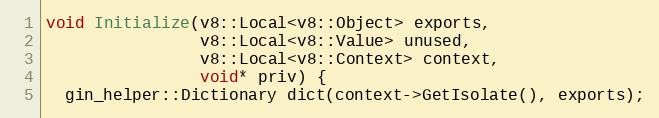
Language: C++
void Initialize(v8::Local<v8::Object> exports,
                v8::Local<v8::Value> unused,
                v8::Local<v8::Context> context,
                void* priv) {
  gin_helper::Dictionary dict(context->GetIsolate(), exports);